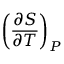
\left( { \frac { \partial S } { \partial T } } \right) _ { P }